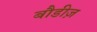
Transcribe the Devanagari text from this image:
बौडीज़